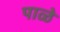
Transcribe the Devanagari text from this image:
पाळे